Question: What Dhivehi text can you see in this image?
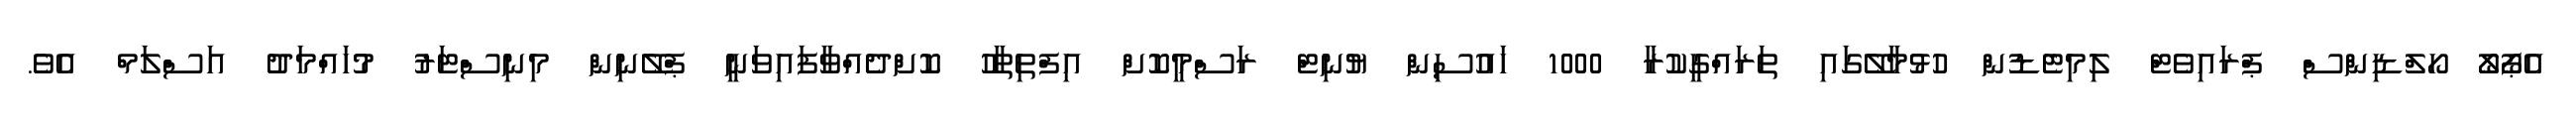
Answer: އެޕޯލޯ ހޯލްޑިންސް ޕްރައިވެޓް ލިމިޓެޑުން ހުޅުމާލޭގައި ތަރައްގީކުރާ 1000 ހައުސިން ޔުނިޓް ރަސްމީކޮށް އިފްތިތާހު ކޮށްދެއްވާފައިވަނީ ޕްލޭނިން މިނިސްޓަރު މުހައްމަދު އަސްލަމް އެވެ.